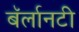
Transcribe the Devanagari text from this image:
बॅर्लानटी